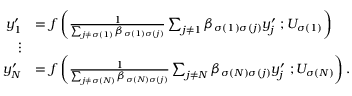
\begin{array} { r l } { y _ { 1 } ^ { \prime } } & { = f \left( \frac { 1 } { \sum _ { j \neq \sigma ( 1 ) } \beta _ { \sigma ( 1 ) \sigma ( j ) } } \sum _ { j \neq 1 } \beta _ { \sigma ( 1 ) \sigma ( j ) } y _ { j } ^ { \prime } \ ; U _ { \sigma ( 1 ) } \right) } \\ { \vdots } & { } \\ { y _ { N } ^ { \prime } } & { = f \left( \frac { 1 } { \sum _ { j \neq \sigma ( N ) } \beta _ { \sigma ( N ) \sigma ( j ) } } \sum _ { j \neq N } \beta _ { \sigma ( N ) \sigma ( j ) } y _ { j } ^ { \prime } \ ; U _ { \sigma ( N ) } \right) . } \end{array}